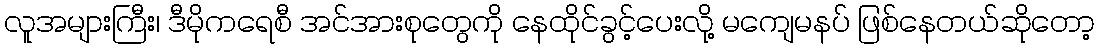
လူအများကြီး၊ ဒီမိုကရေစီ အင်အားစုတွေကို နေထိုင်ခွင့်ပေးလို့ မကျေမနပ် ဖြစ်နေတယ်ဆိုတော့